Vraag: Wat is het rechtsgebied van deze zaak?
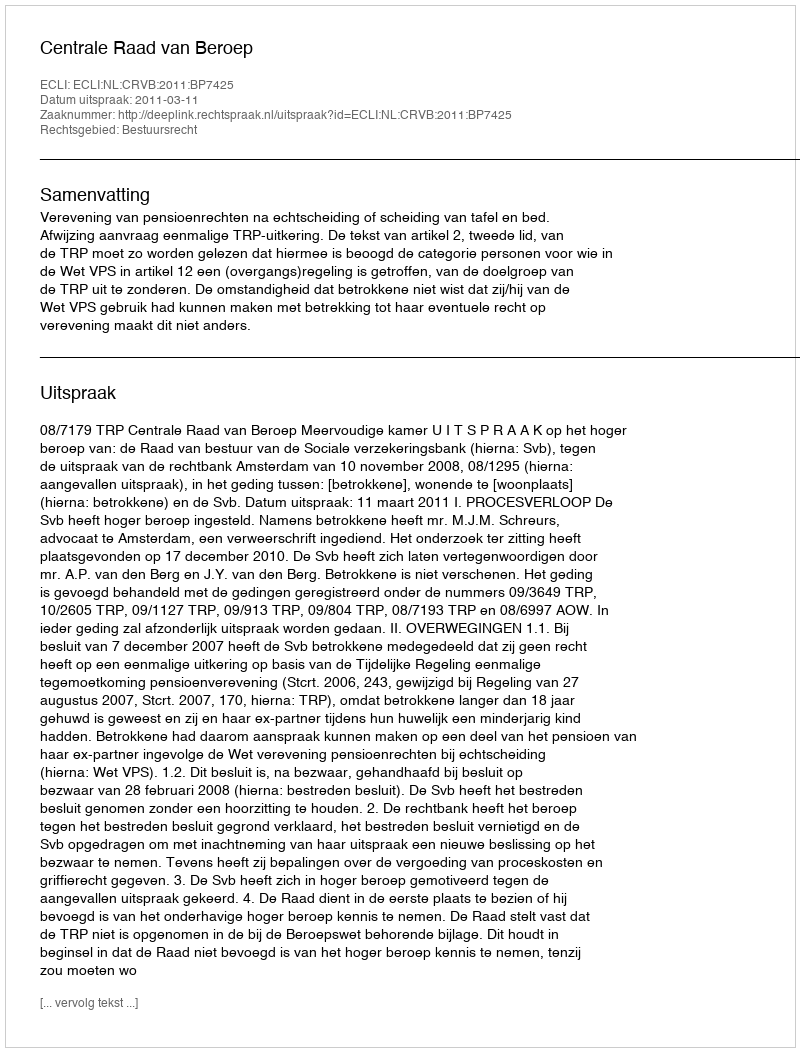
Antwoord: Bestuursrecht